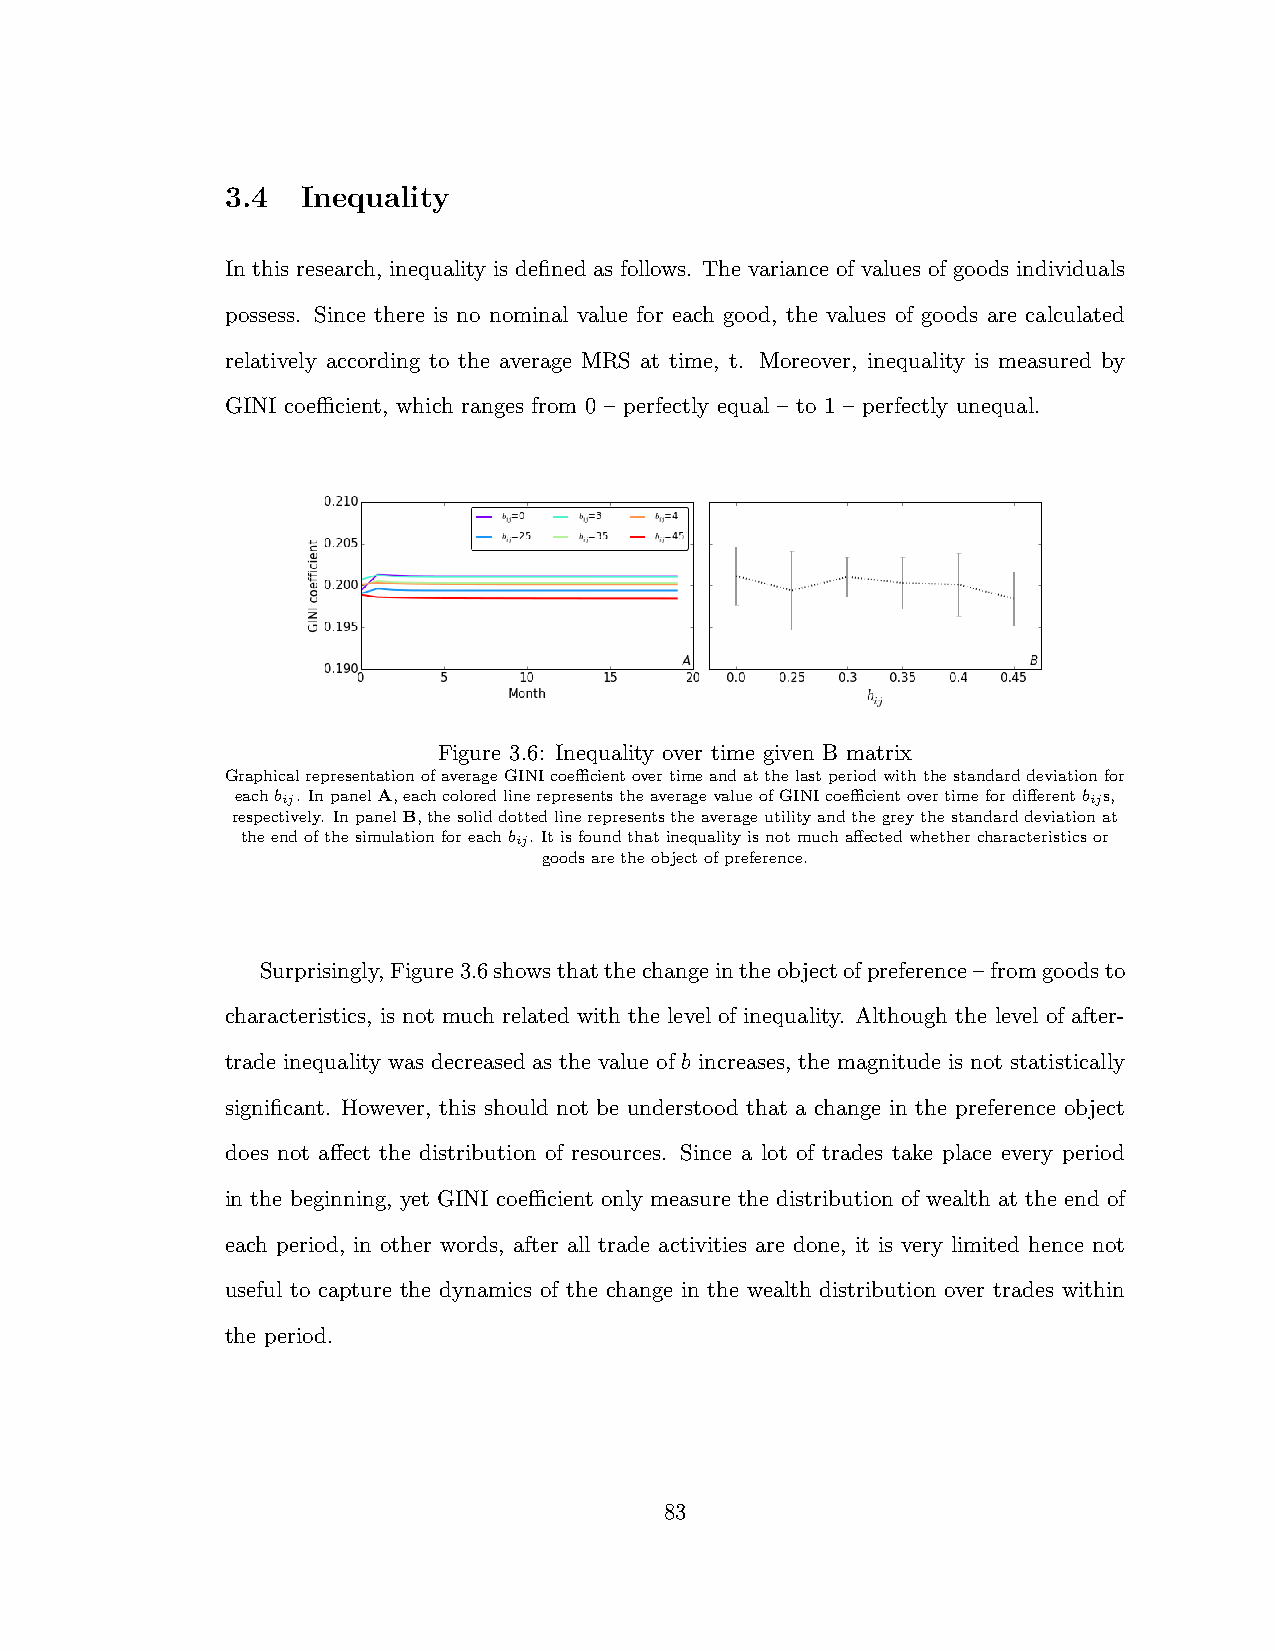
3.4  Inequality
 In this research, inequality is defined as follows. The variance of values of goods individuals
 possess. Since there is no nominal value for each good, the values of goods are calculated
 relatively according to the average MRS at time, t. Moreover, inequality is measured by
 GINI coecient, which ranges from 0 – perfectly equal – to 1 – perfectly unequal.
 Figure 3.6: Inequality over time given B matrix
 GraphicalrepresentationofaverageGINIcoecientovertimeandatthelastperiodwiththestandarddeviationfor
 eachbij. InpanelA,eachcoloredlinerepresentstheaveragevalueofGINIcoecientovertimeford↵ierent bijs,
 respectively. InpanelB,thesoliddottedlinerepresentstheaverageutilityandthegreythestandarddeviationat
 theendofthesimulationforeachbij. Itisfoundthatinequalityisnotmucha↵ectedwhethercharacteristicsor
 goodsaretheobjectofpreference.
 Surprisingly,Figure3.6showsthatthechangeintheobjectofpreference–fromgoodsto
 characteristics, is not much related with the level of inequality. Although the level of after-
 trade inequality was decreased as the value of b increases, the magnitude is not statistically
 significant. However, this should not be understood that a change in the preference object
 does not a↵ect the distribution of resources. Since a lot of trades take place every period
 in the beginning, yet GINI coecient only measure the distribution of wealth at the end of
 each period, in other words, after all trade activities are done, it is very limited hence not
 useful to capture the dynamics of the change in the wealth distribution over trades within
 the period.
 83